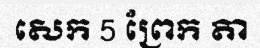
សេក 5 ព្រែក តា